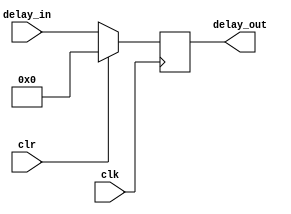
module delay_element (
  input wire clk, clr, 
  input wire [30:0] delay_in,
  output wire [30:0] delay_out
);
	reg [30:0] reg_delay_out;
	always @(posedge clk) begin
		if (clr==1)
			reg_delay_out <= 0;
		else
			reg_delay_out <= delay_in;
	end

	assign delay_out = reg_delay_out;
endmodule